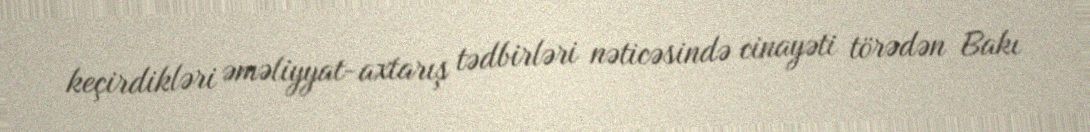
keçirdikləri əməliyyat-axtarış tədbirləri nəticəsində cinayəti törədən Bakı